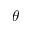
\theta